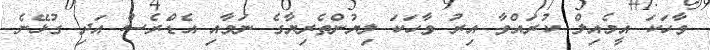
ވާހަކަ އީމެއިލް ކުރައްވާ އިރު ވާހަކަ ލިޔުންތެރިޔާގެ ނަމާއި އެޑްރެސް އަދި ގުޅޭނެ